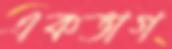
একভাগ